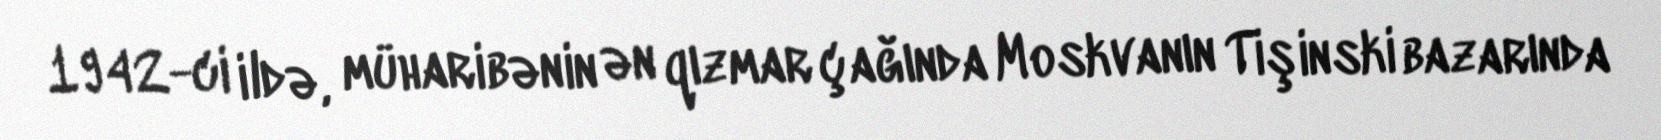
1942-ci ildə, müharibənin ən qızmar çağında Moskvanın Tişinski bazarında